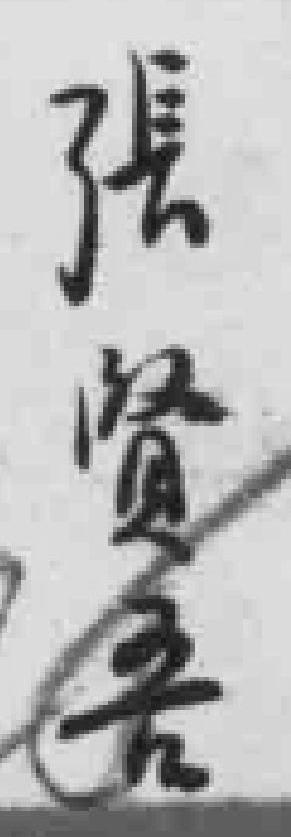
張賢吾